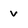
Character: v